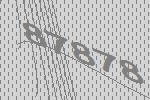
87878